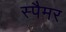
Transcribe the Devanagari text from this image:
स्पैमर